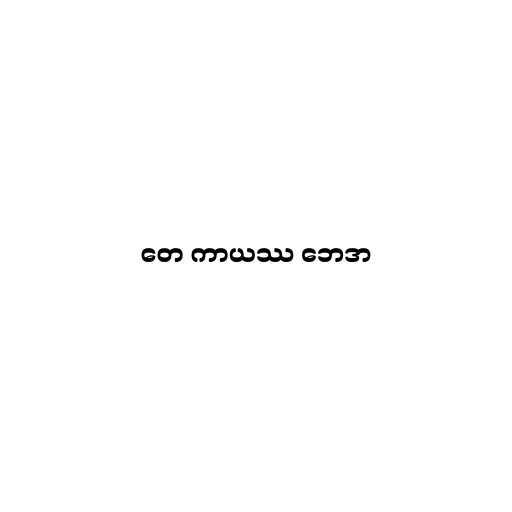
တေ ကာယဿ ဘေဒာ